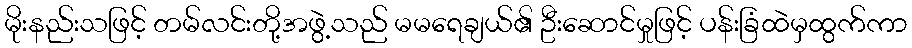
မိုးနည်းသဖြင့် တမ်လင်းတို့အဖွဲ့သည် မမရေချယ်၏ ဦးဆောင်မှုဖြင့် ပန်းခြံထဲမှထွက်ကာ